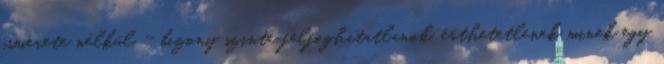
ismerete nélkül - bizony szinte felfoghatatlanok, érthetetlenek minek egy